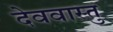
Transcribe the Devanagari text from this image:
देववास्तु